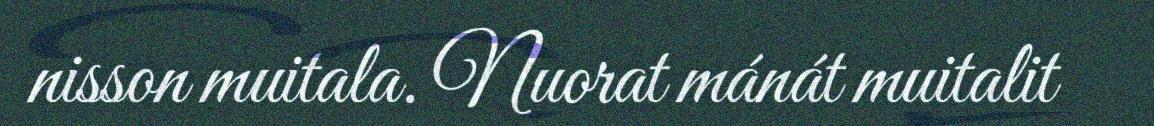
nisson muitala. Nuorat mánát muitalit